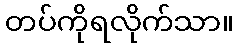
တပ်ကိုရလိုက်သာ။